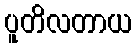
ပူတိလတာယ